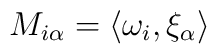
M_{i\alpha} = \langle \omega_i, \xi_\alpha\rangle